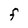
Character: F